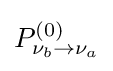
P_{\nu _{b}\rightarrow \nu _{a}}^{(0)}